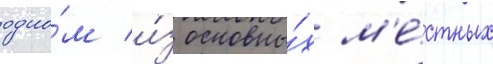
одно́м и́з основны́х м'е́стных